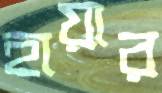
হায়ার